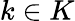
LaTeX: k\in K